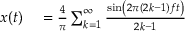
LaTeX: \begin{array} { r l r } { x ( t ) } & { { } = { \frac { 4 } { \pi } } \sum _ { k = 1 } ^ { \infty } { \frac { \sin \left( 2 \pi ( 2 k - 1 ) f t \right) } { 2 k - 1 } } } \end{array}